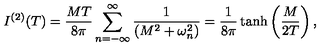
I ^ { ( 2 ) } ( T ) = { \frac { M T } { 8 \pi } } \sum _ { n = - \infty } ^ { \infty } { \frac { 1 } { \left( M ^ { 2 } + \omega _ { n } ^ { 2 } \right) } } = { \frac { 1 } { 8 \pi } } \tanh \left( { \frac { M } { 2 T } } \right) ,